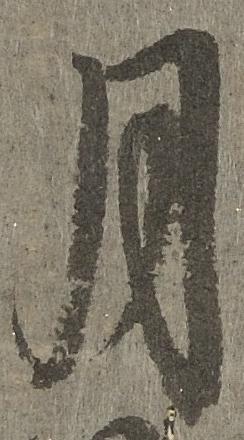
月